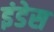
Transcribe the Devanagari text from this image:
इंडेस